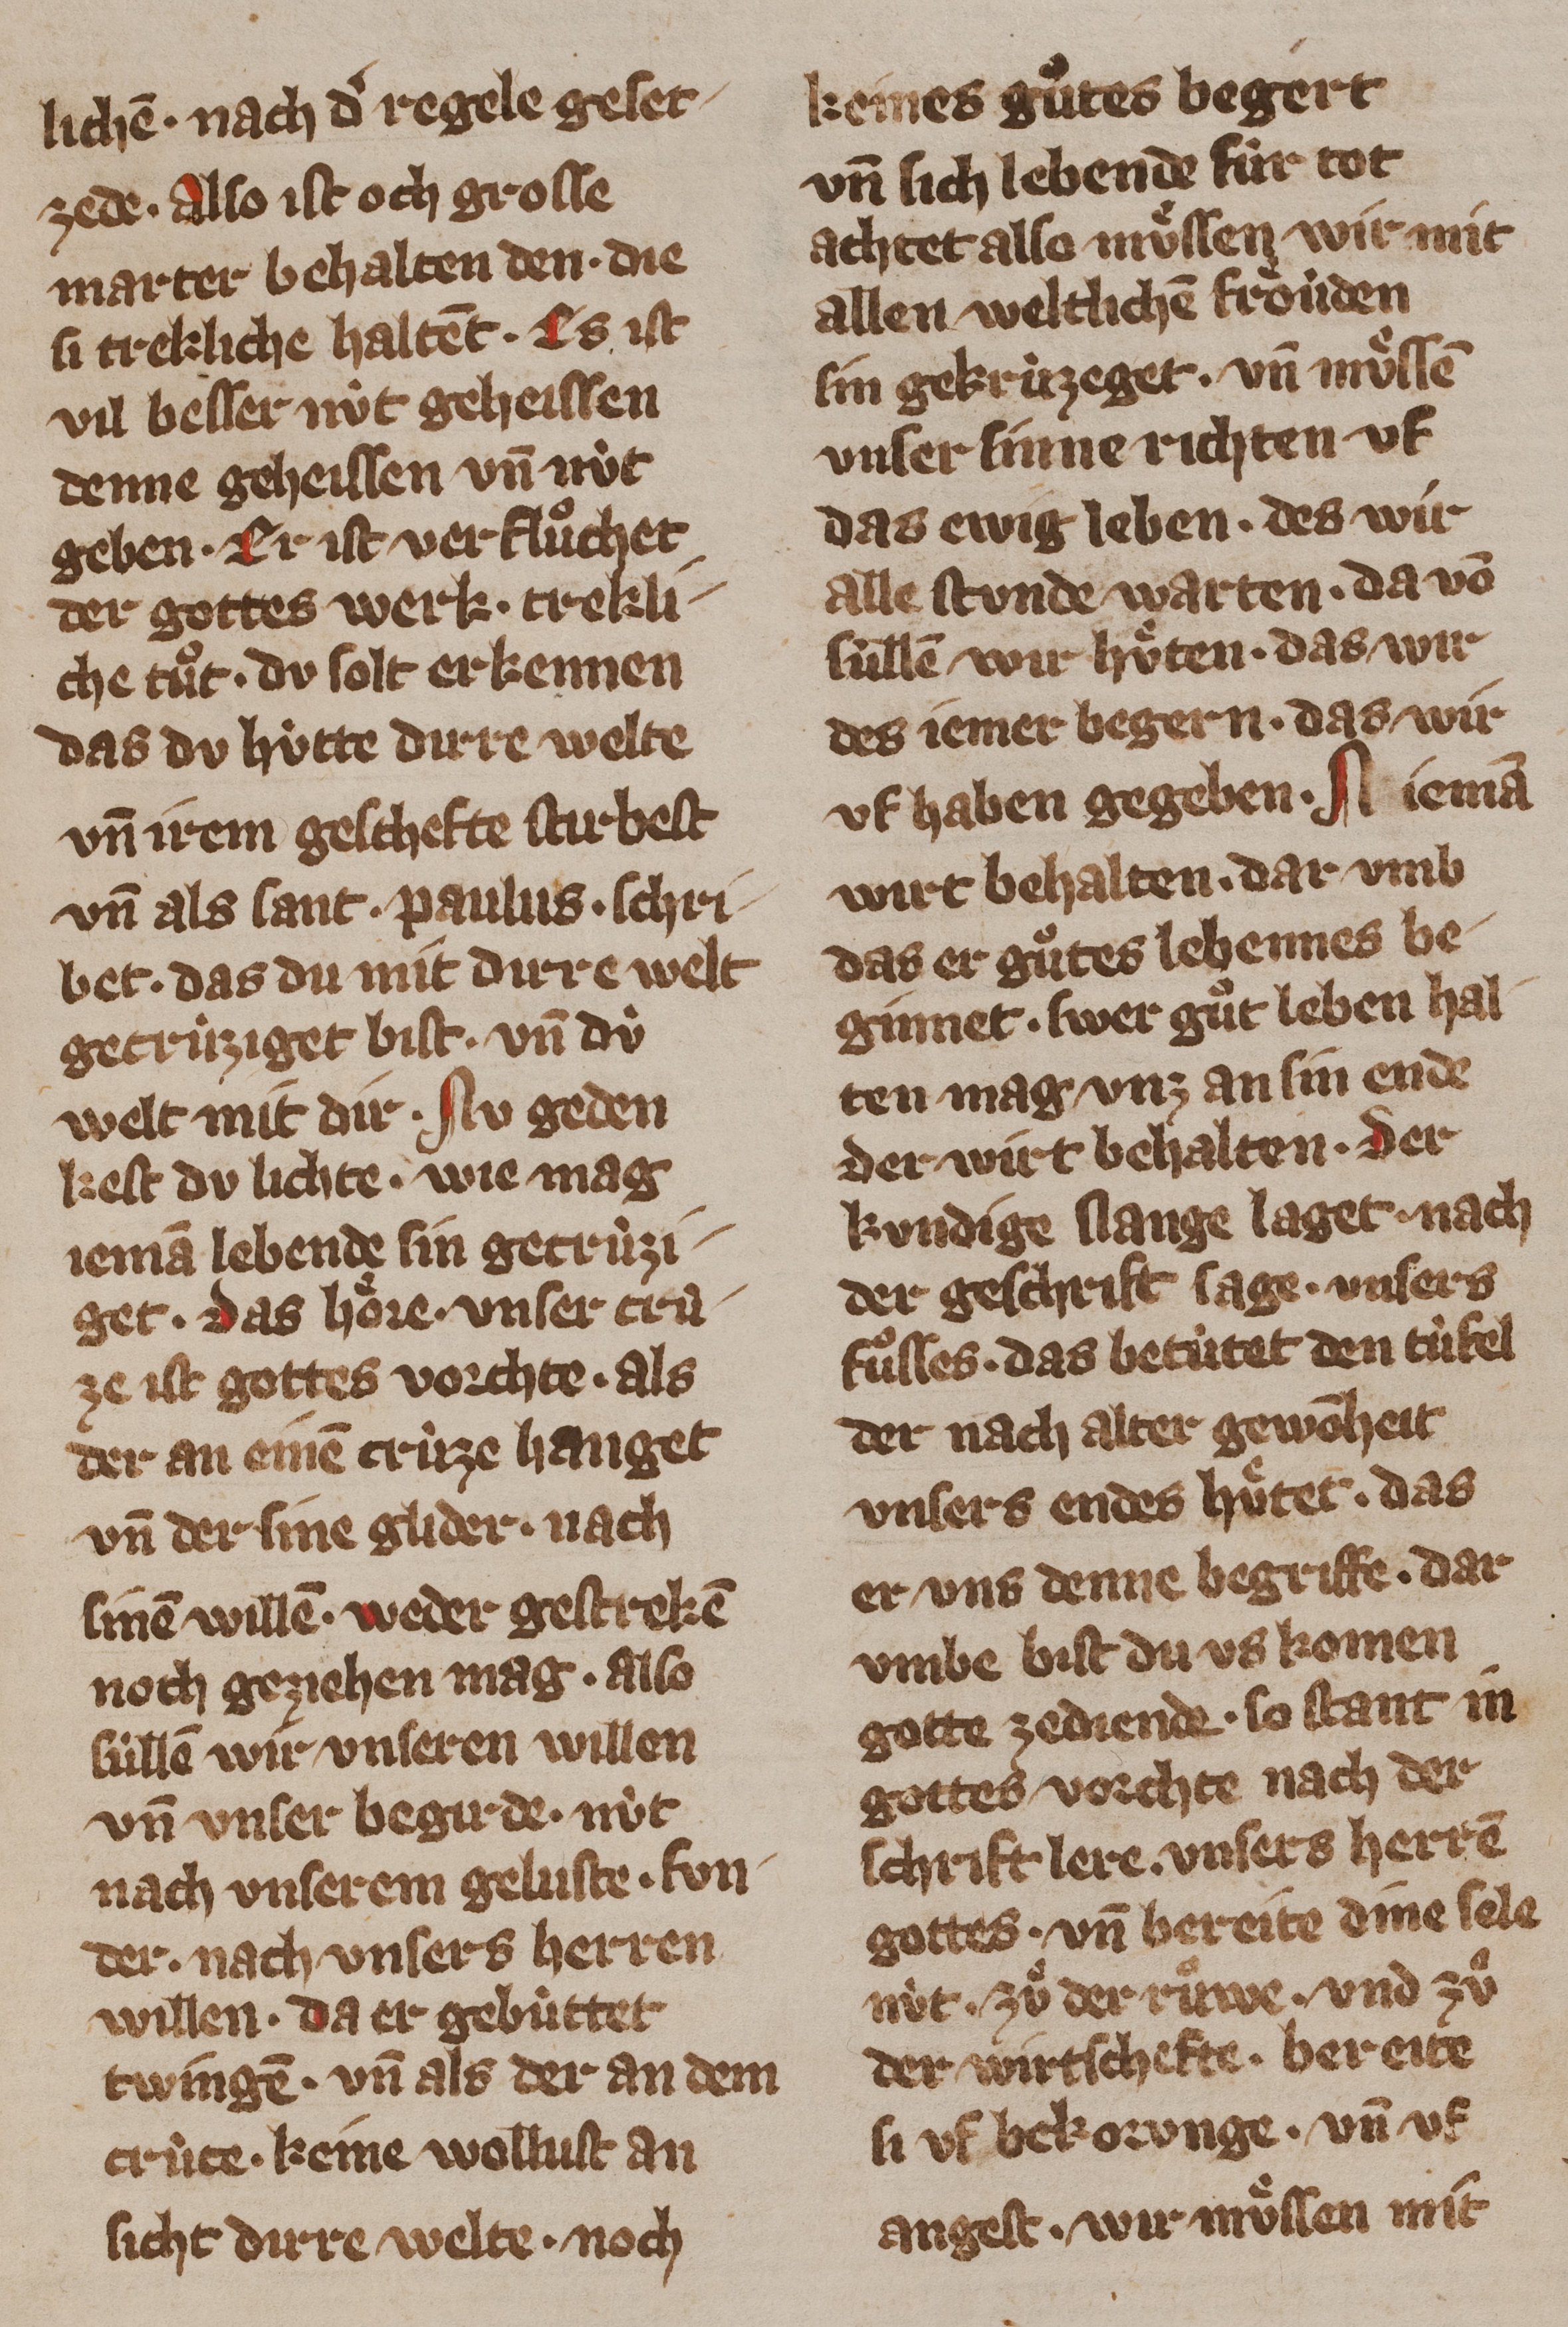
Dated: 1355–1385